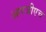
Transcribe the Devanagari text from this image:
आरजीएच